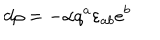
d \rho = - { \alpha } q ^ { a } \varepsilon _ { a b } e ^ { b }